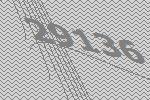
29136